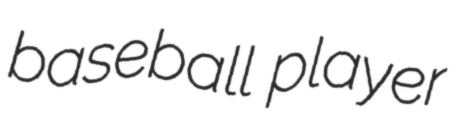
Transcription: baseball player